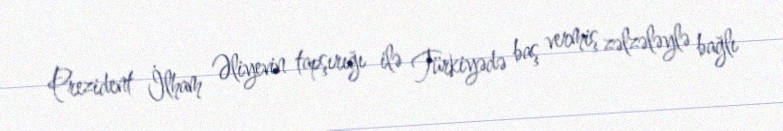
Prezident İlham Əliyevin tapşırığı ilə Türkiyədə baş vermiş zəlzələylə bağlı